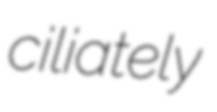
ciliately